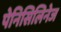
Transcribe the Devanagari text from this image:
पेनिसिलिनेज